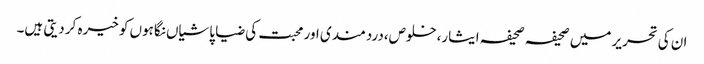
ان کی تحریر میں صحیفہ صحیفہ ایثار،خلوص،دردمندی اور محبت کی ضیا پاشیاں نگاہوں کو خیرہ کر دیتی ہیں۔